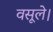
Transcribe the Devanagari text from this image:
वसूले।